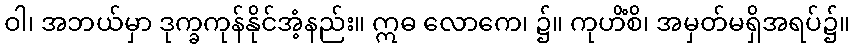
ဝါ၊ အဘယ်မှာ ဒုက္ခကုန်နိုင်အံ့နည်း။ ဣဓ လောကေ၊ ၌။ ကုဟိံစိ၊ အမှတ်မရှိအရပ်၌။